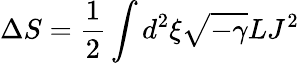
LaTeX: \Delta S=\frac{1}{2}\int d^{2}\xi\sqrt{-\gamma}LJ^{2}